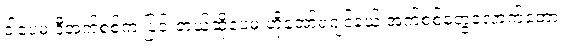
ဒါပေမဲ့ ဒီအက်စစ်က ပြင်းတယ်ဆိုပေမဲ့ ဟိုအော်ရဂျင်နယ် အက်စစ်တွေလောက်တော့